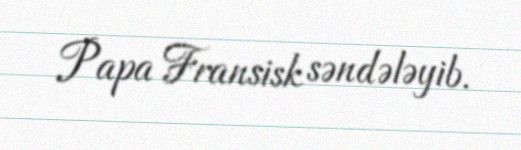
Papa Fransisk səndələyib.